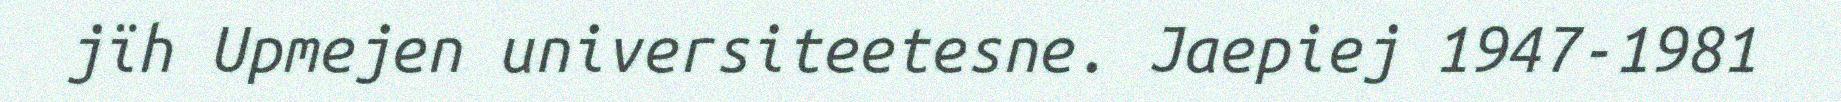
jïh Upmejen universiteetesne. Jaepiej 1947-1981